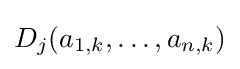
D_{j}(a_{1,k},\ldots ,a_{n,k})